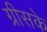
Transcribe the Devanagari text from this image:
ग्रीसके